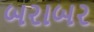
બરાબર